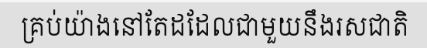
គ្រប់យ៉ាងនៅតែដដែលជាមួយនឹងរសជាតិ